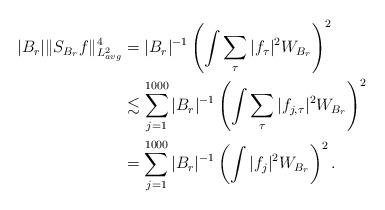
LaTeX: \begin{align*} |B_r|\|S_{B_r}f\|_{L^2_{avg}}^4&= |B_r|^{-1}\left(\int\sum_{\tau}|f_\tau|^2 W_{B_r}\right)^2\\ &\lesssim \sum_{j=1}^{1000}|B_r|^{-1}\left(\int\sum_{\tau}|f_{j,\tau}|^2 W_{B_r}\right)^2 \\ &=\sum_{j=1}^{1000}|B_r|^{-1}\left(\int|f_{j}|^2 W_{B_r}\right)^2 . \end{align*}